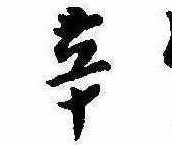
辛